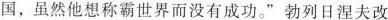
国，虽然他想称霸世界而没有成功。”勃列日涅夫改